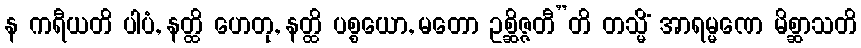
န ကရီယတိ ပါပံ, နတ္ထိ ဟေတု, နတ္ထိ ပစ္စယော, မတော ဥစ္ဆိဇ္ဇတီ”တိ တသ္မိံ အာရမ္မဏေ မိစ္ဆာသတိ